NAE_ERA_R-1950_Eesti_Ajakirjanike_Liit, lk 59
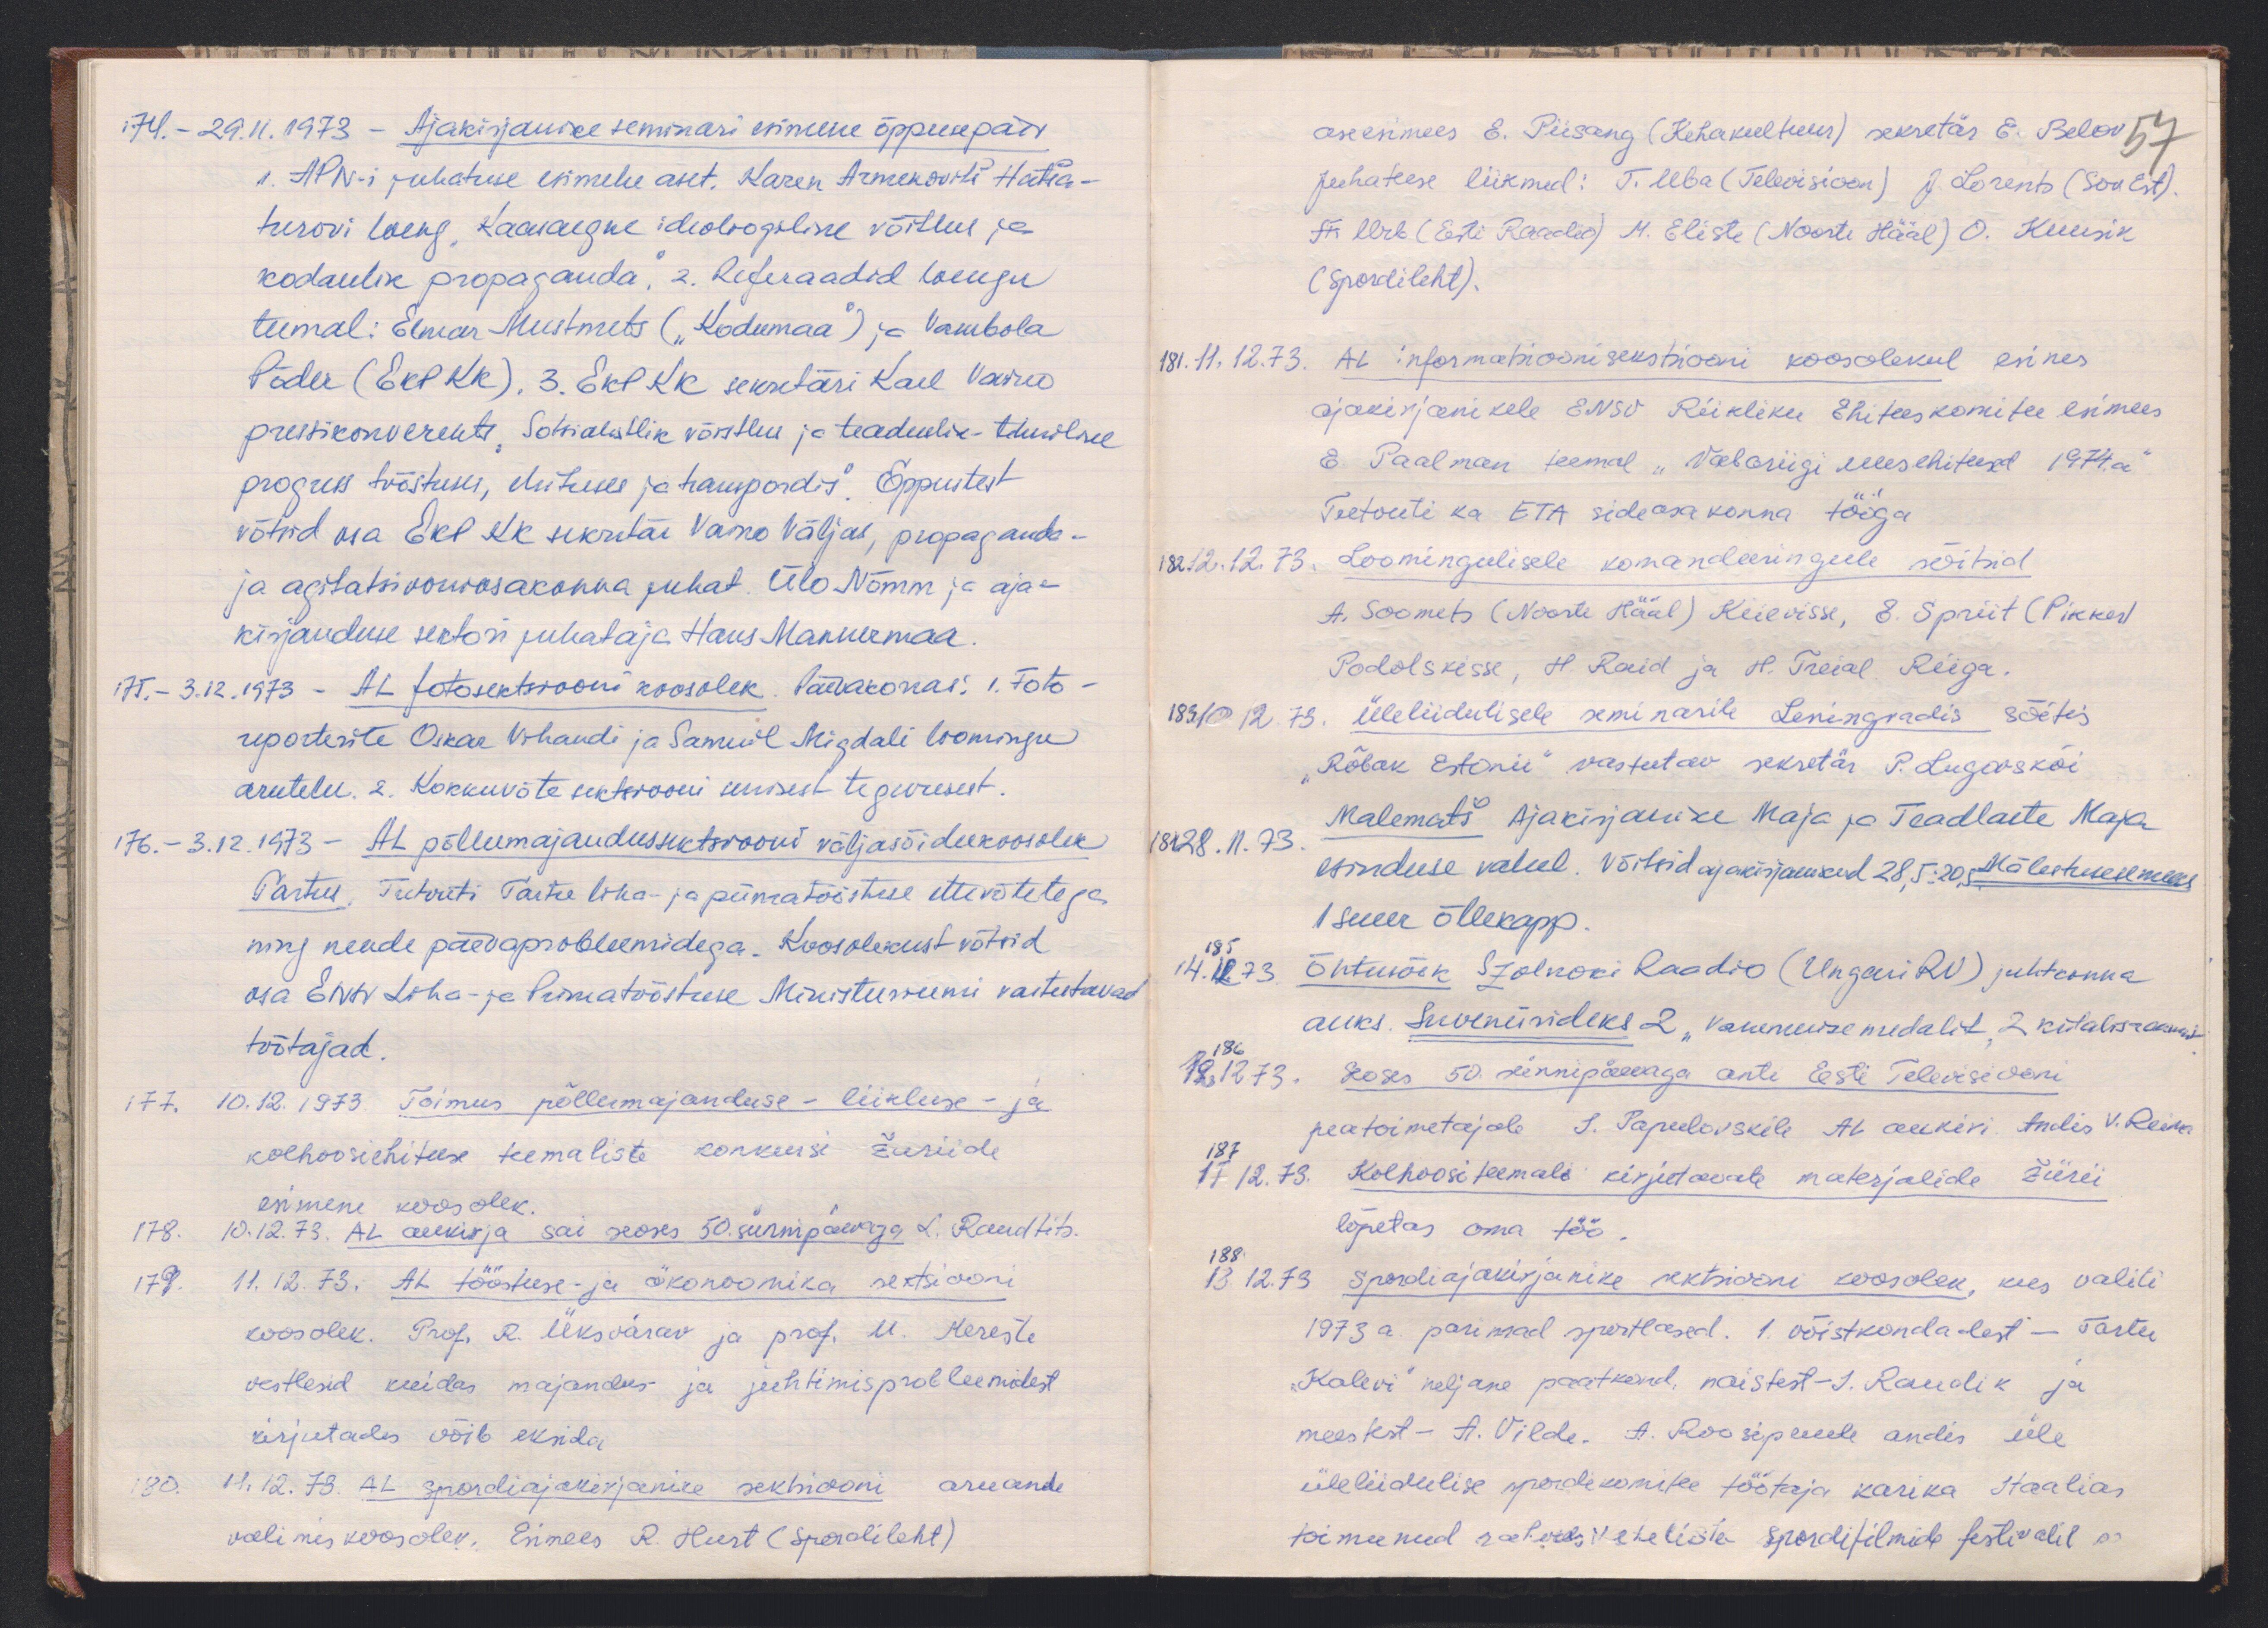
174. - 29.11.1973 - Ajakirjanike seminari esimene õppusepäev
1. APN-i juhatuse esimehe aset. Karen Armekovitš Hatša-
turovi loeng "Kaasaegne ideoloogiline võitlus ja
kodanlik propaganda," 2.Referaadid loengu
teemal: Elmar Mustmets ("Kodumaa") ja Vambola
Põder (EKP KK), 3. EKP KK sekretäri Karl Vaino
pressikonverents "Sotsialistlik võistlus ja teaduslik-tehniline
progress tööstuses, ehituses ja tranpordis". Õppustest
võtsid osa EKP KK sekretär Vaino Väljas, propaganda-
ja agitatsiooniosakonna juhat. Ülo Nõmm ja aja-
kirjanduse sektori juhataja Hans Mannermaa.
175. - 3.12.1973 - AL fotosektsiooni koosolek Päevakorras: 1. Foto-
reporterite Oskar Vihandi ja Samuil Migdali loomingu
arutelu. 2. Kokkuvõte sektsiooni senisest tegevusest
176. - 3.12.1973 - AL põllumajandussektsiooni väljasõidukoosolek
Tartus. Tutvuti Tartu liha- ja piimatööstuse ettevõtetega
ning nende päevaprobleemidega. Koosolekust võtsid
osa ENSV Liha- ja Piimatööstuse Ministeeriumi vastutavad
töötajad.
177. 10.12.1973. Toimus põllumajanduse- liikluse- ja
kolhoosiehituse teemaliste konkursi žuriide
esimene koosolek.
178. 10.12.73. AL aukirja sai seoses 50. sünnipäevaga L. Raudtits.
179. 11.12.73. AL tööstuse- ja ökonoomika sektsiooni
koosolek. Prof. R. Üksvärav ja prof. M. Kereste
vestlesid kuidas majandus ja juhtimisprobleemidest
kirjutades võib eksida
180. 11.12.78. AL spordiajakirjanike sektsiooni aruande
valimiskoosolek. Esimees R. Hurt (Spordileht)

aseesimees E. Piisang (Kehakultuur) sekretär E. Belov 57
Juhatuse liikmed: T. Uba (Televisioon) J. Lorents (Sov. Est)
F Urb (Eesti Raadio) M. Eliste (Noorte Hääl) O. Kuusik
(Sportileht).
181. 11.12.73. AL informatsioonisektsiooni koosolekul esines
ajakirjanikele ENSV Riikliku Ehituskomitee esimees
E. Paalman teemal "Vabariigi uusehitused 1974. a"
Tutvuti ka ETA sideosakonna tööga
182. 12.12.73. Loomingulisele komandeeringule sõitsid
A. Soomets (Noorte Hääl) Kiievisse, E. Spriit (Pikker)
Podolskisse, H. Raid ja H. Treial Riiga.
183. 10.12.73. Üleliidulisele seminarile Leningradis sõitis
"Rõbak Estonii" vastutav sekretär P. Lugovskõi
184 28.11.73. Malematš Ajakirjanike Maja ja Teadlaste Maja
esinduse vahel. Võitsid ajakirjanikud 28,5:20,5 Mälestusesemeks
1 suur õllekapp.
185 14.12.73. Õhtusöök Szolnoki Raadio (Ungari RV) juhtkonna
auks. Suveniirideks 2 "Vanemuise medalit, 2 külalisraamat
186 12.12.73. Seoses 50 sünnipäevaga anti Eesti Televisiooni
peatoimetajale S. Papulovskile AL aukiri. Andis V. Reima
187 17.12.73. Kolhoositeemale kirjutavate materjalide žürii
lõpetas oma töö.
188 13.12.73 spordiajakirjanike sektsiooni koosolek, kus valiti
1973 a. parimad sportlased. 1. võistkondadest - Tartu
„Kalevi" neljane paatkond, naistest - J. Raudik ja
meestest - A. Vilde. A. Roosipuule andis üle
üleliidulise spordikomitee töötaja karika Itaalias
toimunud rahvusvaheliste spordifilmide festivalil s